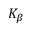
K _ { \beta }